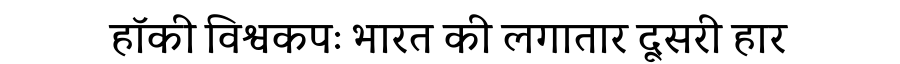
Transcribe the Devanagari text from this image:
हॉकी विश्वकपः भारत की लगातार दूसरी हार